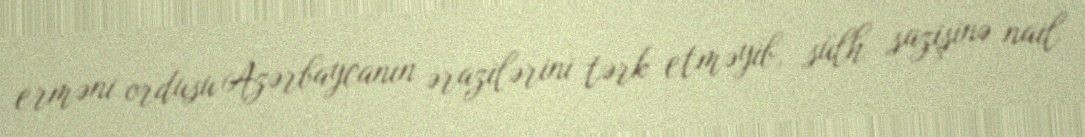
erməni ordusu Azərbaycanın ərazilərini tərk etməyib, sülh sazişinə nail